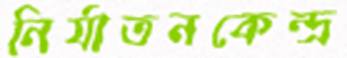
নির্যাতনকেন্দ্র